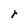
Character: r